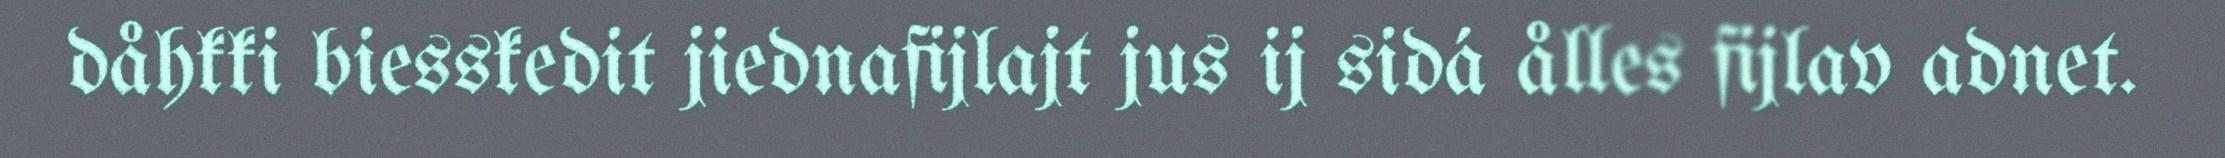
dåhkki biesskedit jiednafijlajt jus ij sidá ålles fijlav adnet.